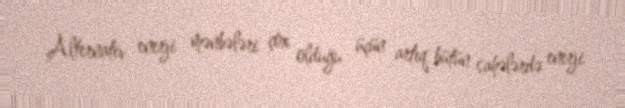
Alternativ enerji mənbələri çox olduğu üçün artıq bütün sahələrdə enerji